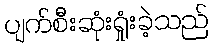
ပျက်စီးဆုံးရှုံးခဲ့သည်